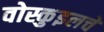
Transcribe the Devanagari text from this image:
वोस्कुइलचे